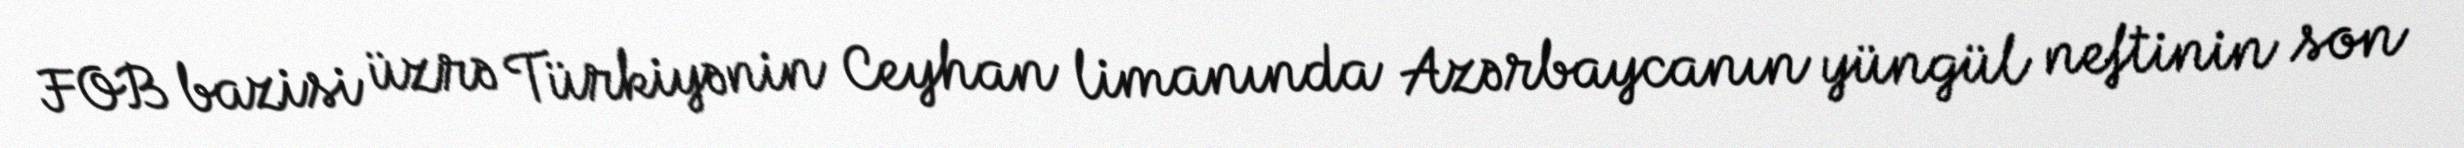
FOB bazisi üzrə Türkiyənin Ceyhan limanında Azərbaycanın yüngül neftinin son